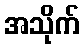
အသိုက်